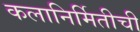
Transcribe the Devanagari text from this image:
कलानिर्मितीची